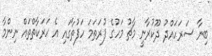
ބިނާ ސަރަހައްދު ދޫކުރާނީ މާޗު މަހުގެ ފުރަތަމަ ހަފުތާގައި އެ ހަރަކާތްތައް ނިންމާ